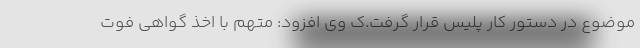
موضوع در دستور کار پلیس قرار گرفت.ک وی افزود: متهم با اخذ گواهی فوت